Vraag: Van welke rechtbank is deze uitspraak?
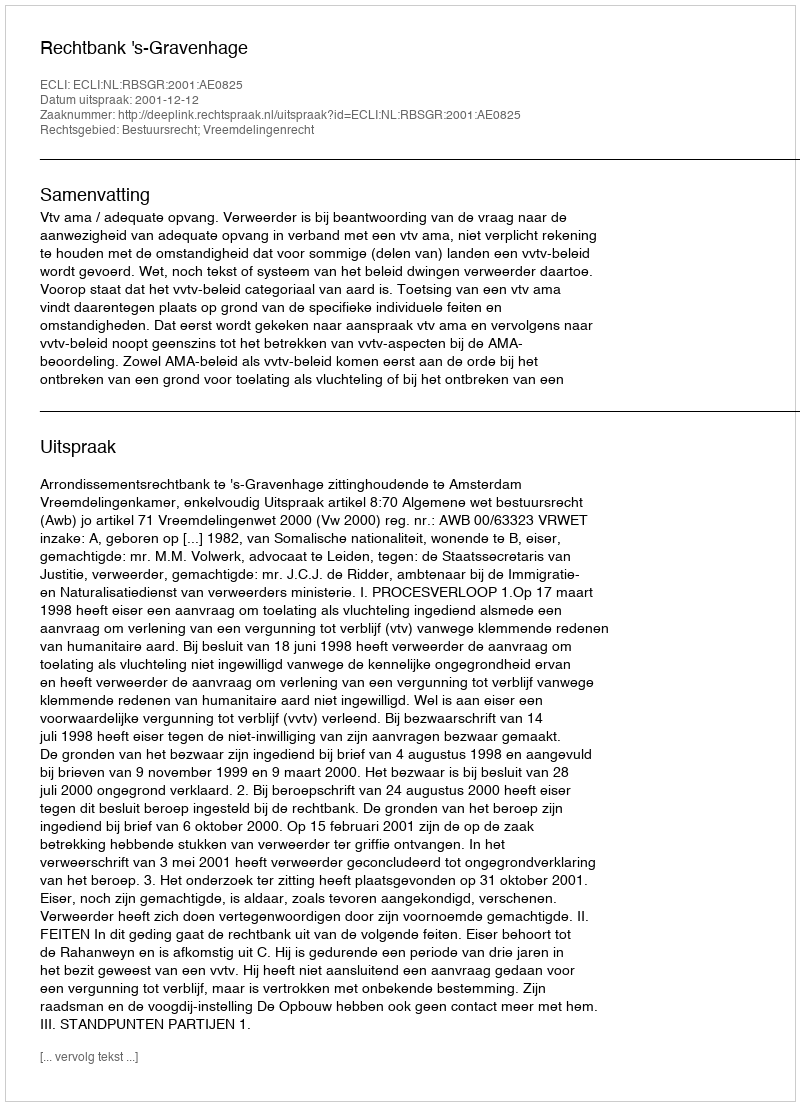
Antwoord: Rechtbank 's-Gravenhage